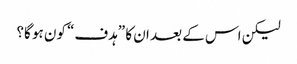
لیکن اس کے بعد ان کا ”ہدف“ کون ہو گا؟